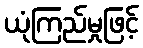
ယုံကြည်မှုဖြင့်